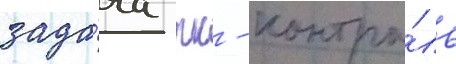
зада́ча пк - контро́ль